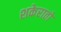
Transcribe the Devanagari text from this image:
शकेरातो